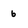
Character: 6